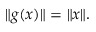
\| g ( x ) \| = \| x \| .